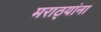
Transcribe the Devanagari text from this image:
मराठ्‍यांना